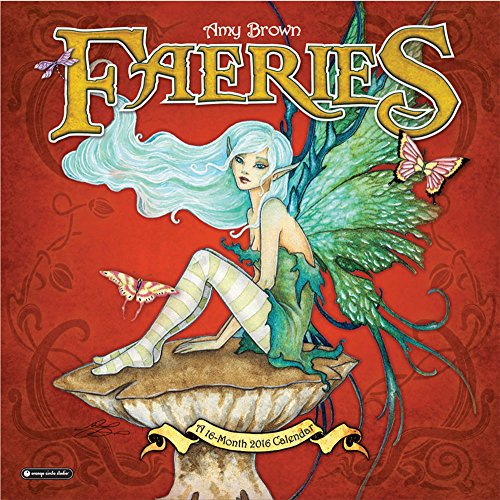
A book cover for Orange Circle Studio 16-Month 2016 Wall Calendar, Amy Brown Faeries; Orange Circle Studios; Calendars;